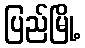
ပြည်မြို့